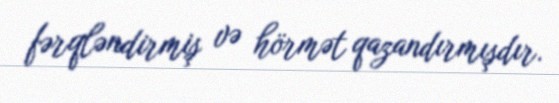
fərqləndirmiş və hörmət qazandırmışdır.